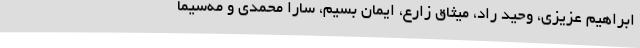
ابراهیم عزیزی، وحید راد، میثاق زارع، ایمان بسیم، سارا محمدی و مه‌سیما